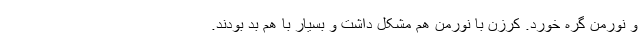
و نورمن گره خورد. کرزن با نورمن هم مشکل داشت و بسیار با هم بد بودند.